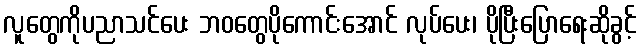
လူတွေကိုပညာသင်ပေး ဘဝတွေပိုကောင်းအောင် လုပ်ပေး၊ ပိုပြီးပြောရေးဆိုခွင့်